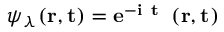
\psi _ { \lambda } ( \bf r , t ) = e ^ { - i \epsilon _ { \lambda } t } \phi _ { \lambda } ( \bf r , t )